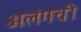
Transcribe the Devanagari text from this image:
अलंगची